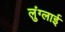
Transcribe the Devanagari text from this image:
लुंग्लाई